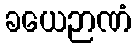
ခယေဉာဏံ